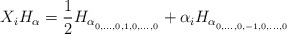
\begin{align*}X_{i}H_{\alpha}=\frac{1}{2}H_{\alpha_{_{0,\dots,0,1,0,\dots,0}}}+\alpha_{i}H_{\alpha_{_{0,\dots,0,-1,0,\dots,0}}}\end{align*}